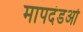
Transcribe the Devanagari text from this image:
मापदंडओ